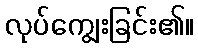
လုပ်ကျွေးခြင်း၏။